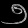
Digit: ၅